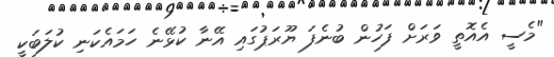
"މެސީ އެއޮތީ ވަރަށް ފަހުން ބުނެފަ ޔޫރަޕުގައި އޭނާ ކުޅޭނެ ހަމައެކަނި ކުލަބަކީ